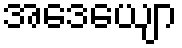
အဒေယျော